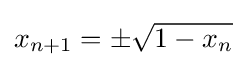
x_{n+1}=\pm {\sqrt {1-x_{n}}}